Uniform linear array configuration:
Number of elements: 8
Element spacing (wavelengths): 1
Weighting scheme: cosine
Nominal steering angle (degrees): -30
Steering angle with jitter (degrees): -31.202
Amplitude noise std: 0.05
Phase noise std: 0.05

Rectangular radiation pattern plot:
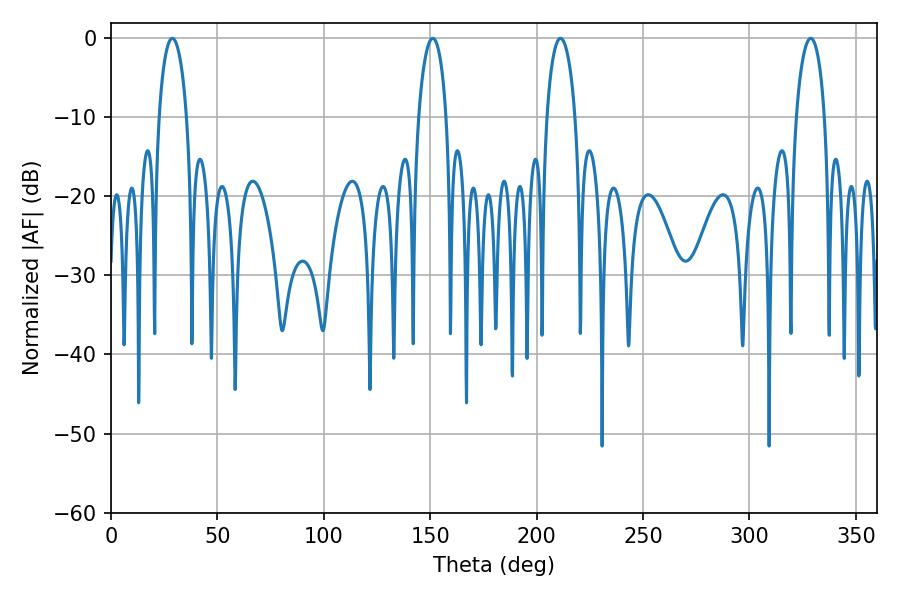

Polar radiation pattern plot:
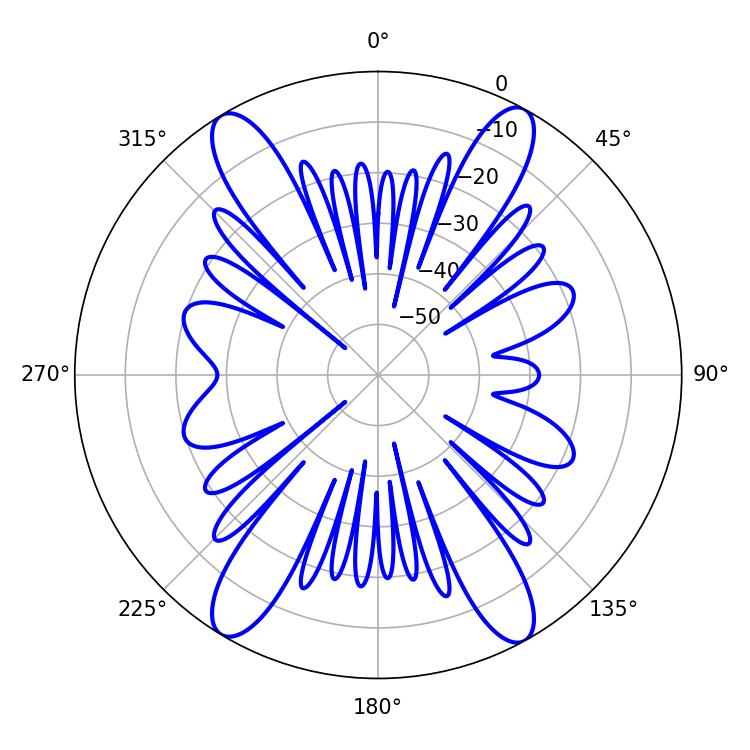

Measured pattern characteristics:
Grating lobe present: TRUE
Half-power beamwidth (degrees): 7.38
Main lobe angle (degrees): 28.8